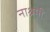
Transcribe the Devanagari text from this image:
नाश्रमी